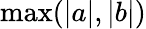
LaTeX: \operatorname*{max}(|a|,|b|)